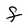
Character: F